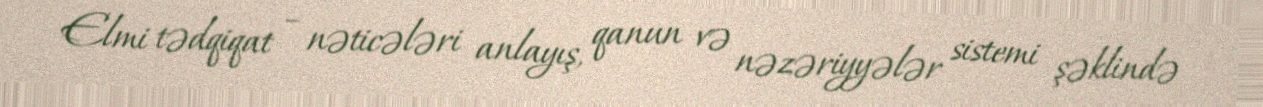
Elmi tədqiqat – nəticələri anlayış, qanun və nəzəriyyələr sistemi şəklində